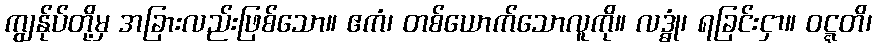
ကျွန်ုပ်တို့မှ အခြားလည်းဖြစ်သော။ ဧကံ၊ တစ်ယောက်သောလူကို။ လဒ္ဓုံ၊ ရခြင်းငှာ။ ဝဋ္ဋတိ၊